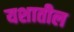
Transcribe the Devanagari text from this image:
यशातील